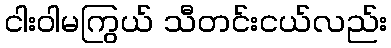
ငါးဝါမကြွယ် သီတင်းငယ်လည်း